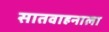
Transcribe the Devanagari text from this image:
सातवाहनाला